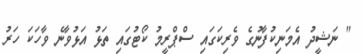
" ނަޝީދު އެމަނިކުފާނުގެ ވެރިކަގައި ސްޕްރީމު ކޯޓުގައި ތަޅު އަޅުވާނެ ވާހަކަ ހަރު